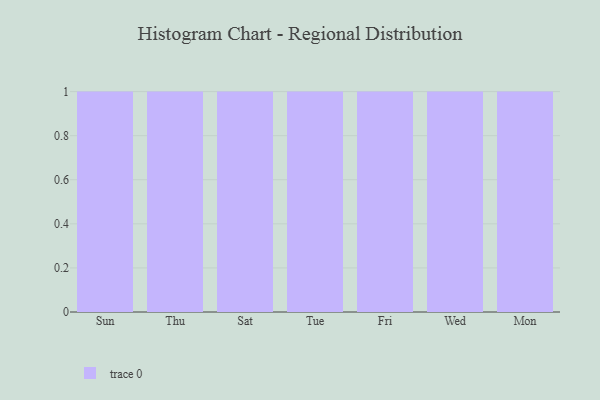
{"axis": {"x": "Day", "y": "Backlog"}, "legend": [""], "data": [{"x": "Sun", "y": 54, "type": ""}, {"x": "Thu", "y": 98, "type": ""}, {"x": "Sat", "y": 90, "type": ""}, {"x": "Tue", "y": 25, "type": ""}, {"x": "Fri", "y": 27, "type": ""}, {"x": "Wed", "y": 79, "type": ""}, {"x": "Mon", "y": 30, "type": ""}]}